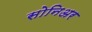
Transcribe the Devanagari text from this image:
सोनिअर